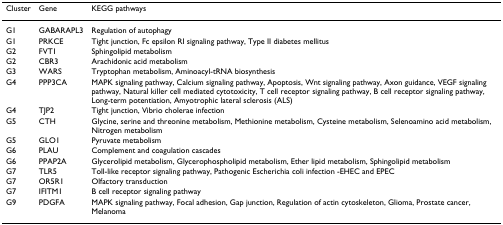
<table><thead><tr><td><b>Cluster</b></td><td><b>Gene</b></td><td><b>KEGG pathways</b></td></tr></thead><tbody><tr><td>G1</td><td>GABARAPL3</td><td>Regulation of autophagy</td></tr><tr><td>G1</td><td>PRKCE</td><td>Tight junction, Fc epsilon RI signaling pathway, Type II diabetes mellitus</td></tr><tr><td>G2</td><td>FVT1</td><td>Sphingolipid metabolism</td></tr><tr><td>G2</td><td>CBR3</td><td>Arachidonic acid metabolism</td></tr><tr><td>G3</td><td>WARS</td><td>Tryptophan metabolism, Aminoacyl-tRNA biosynthesis</td></tr><tr><td>G4</td><td>PPP3CA</td><td>MAPK signaling pathway, Calcium signaling pathway, Apoptosis, Wnt signaling pathway, Axon guidance, VEGF signaling pathway, Natural killer cell mediated cytotoxicity, T cell receptor signaling pathway, B cell receptor signaling pathway, Long-term potentiation, Amyotrophic lateral sclerosis (ALS)</td></tr><tr><td>G4</td><td>TJP2</td><td>Tight junction, Vibrio cholerae infection</td></tr><tr><td>G5</td><td>CTH</td><td>Glycine, serine and threonine metabolism, Methionine metabolism, Cysteine metabolism, Selenoamino acid metabolism, Nitrogen metabolism</td></tr><tr><td>G5</td><td>GLO1</td><td>Pyruvate metabolism</td></tr><tr><td>G6</td><td>PLAU</td><td>Complement and coagulation cascades</td></tr><tr><td>G6</td><td>PPAP2A</td><td>Glycerolipid metabolism, Glycerophospholipid metabolism, Ether lipid metabolism, Sphingolipid metabolism</td></tr><tr><td>G7</td><td>TLR5</td><td>Toll-like receptor signaling pathway, Pathogenic Escherichia coli infection -EHEC and EPEC</td></tr><tr><td>G7</td><td>OR5R1</td><td>Olfactory transduction</td></tr><tr><td>G7</td><td>IFITM1</td><td>B cell receptor signaling pathway</td></tr><tr><td>G9</td><td>PDGFA</td><td>MAPK signaling pathway, Focal adhesion, Gap junction, Regulation of actin cytoskeleton, Glioma, Prostate cancer, Melanoma</td></tr></tbody></table>